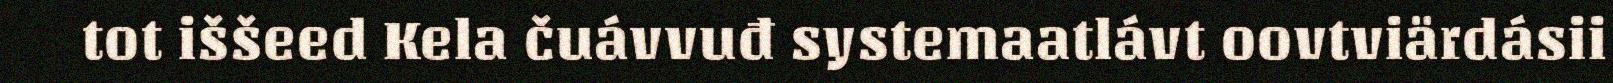
tot iššeed Kela čuávvuđ systemaatlávt oovtviärdásii